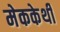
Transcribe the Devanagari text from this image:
मेककेर्थी